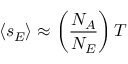
\langle s _ { E } \rangle \approx \left( \frac { N _ { A } } { N _ { E } } \right) T